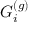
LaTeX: G _ { i } ^ { ( g ) }